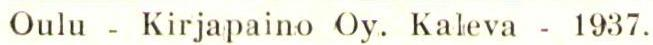
Oulu - Kirjapaino Oy. Kaleva - 1937.